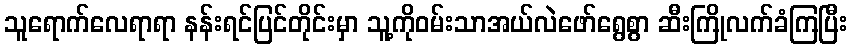
သူရောက်လေရာရာ နန်းရင်ပြင်တိုင်းမှာ သူ့ကိုဝမ်းသာအယ်လဲဖော်ရွေစွာ ဆီးကြိုလက်ခံကြပြီး